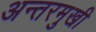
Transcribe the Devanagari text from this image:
अन्तरमुखी